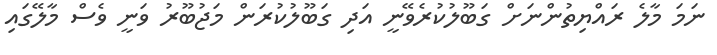
ނަމަ މާލެ ރައްޔިތުންނަށް ގަބޫލުކުރެވޭނީ އަދި ގަބޫލުކުރަން މަޖުބޫރު ވަނީ ވެސް މާލޭގައި